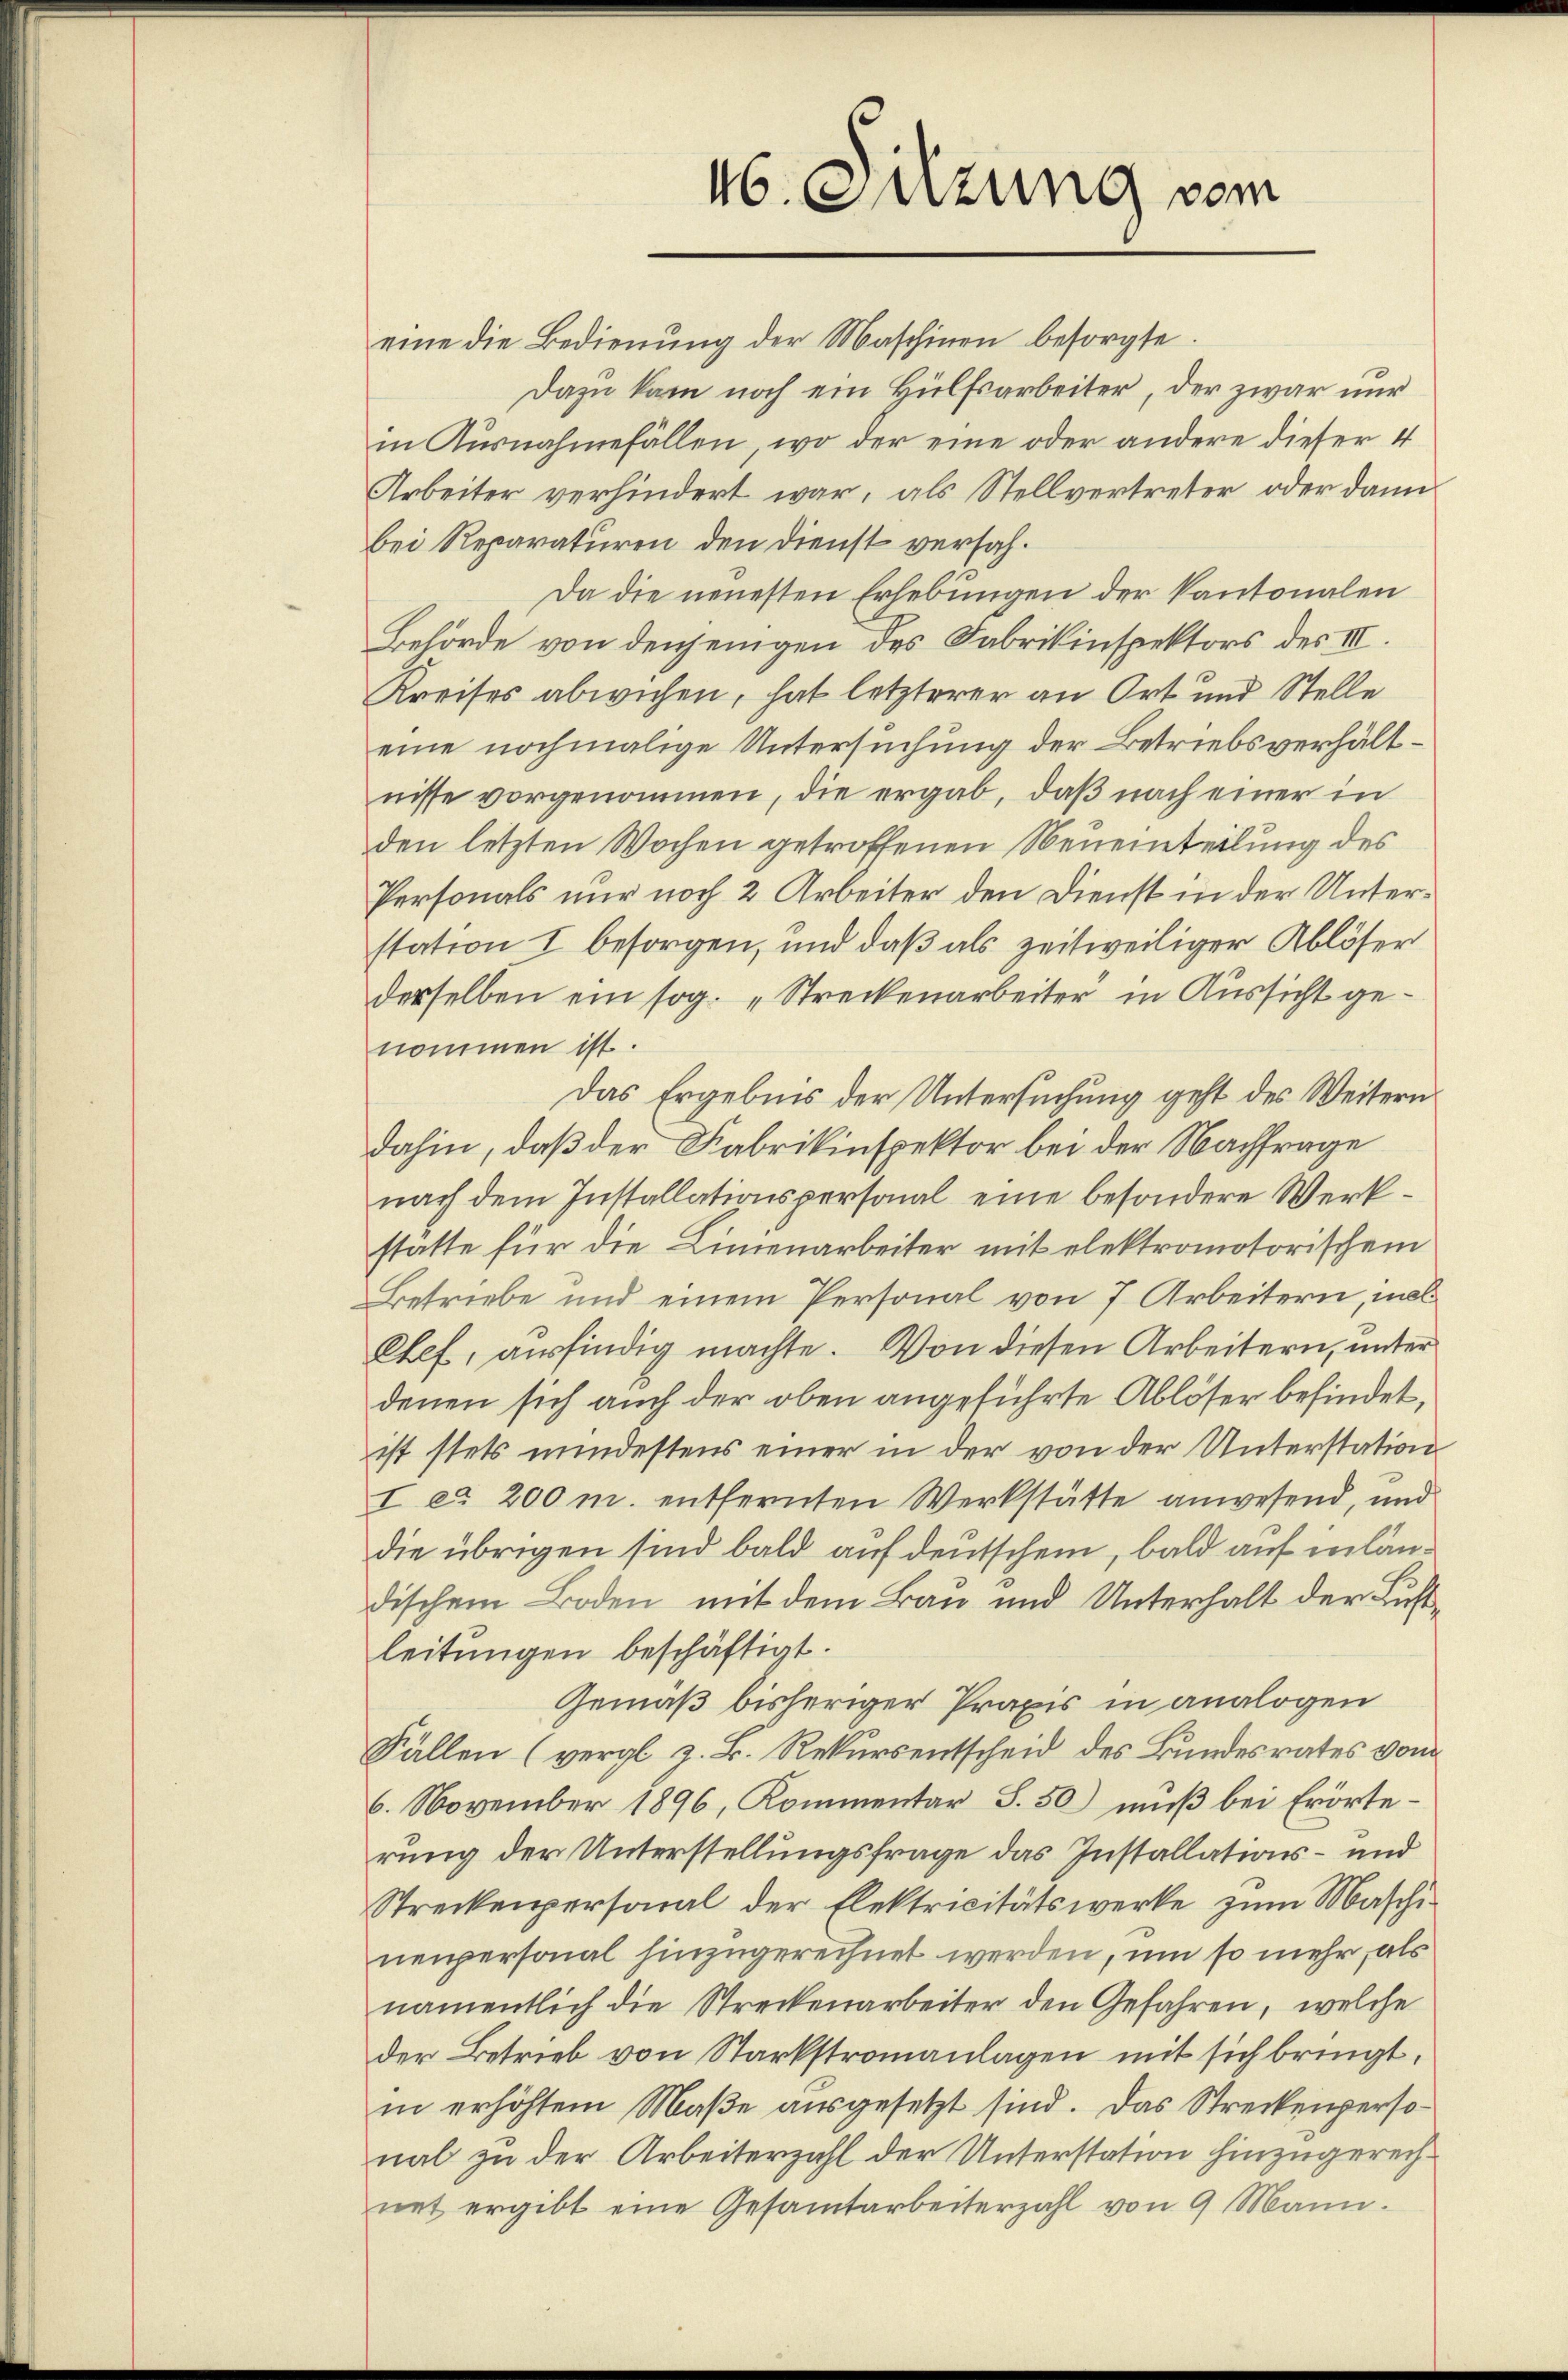
16. Sitzung vom

eine die Bedienung der Maschinen besorgte.
Dazu kam noch ein Hülfsarbeiter, der zwar nur
in Ausnahmefällen, wo der eine oder andere dieser 4
Arbeiter verhindert war, als Stellvertreter, oder dann
bei Reparaturen den Dienst versah¬
Da die neuesten Erhebungen der Kantonalen
Behörde von denjenigen des Fabrikinspektors des III.
Kreises abwichen, hat letzterer an Ort und Stelle
eine nochmalige Untersuchung der Betriebsverhältnisse vorgenommen, die ergab, daß nach einer in
den letzten Wochen getroffenen Neueinteilung des
Personals nur noch 2 Arbeiter den Dienst in der Unterstation I besorgen, und daß als zeitweiliger Ablöser
derselben ein sog. „Streckenarbeiter in Aussicht genommen ist.
Das Ergebnis der Untersuchung geht des Weitern
dahin, daß der Fabrikinspektor bei der Nachfrage
nach dem Installationspersonal eine besondere Werkstatte für die Linienarbeiter mit elektromotorischem
Betriebe und einem Personal von 7 Arbeitern, inal¬
Chef, ausfindig machte. Von diesen Arbeitern, unter
denen sich auch der oben angeführte Ablöser befindet,
ist stets mindestens einer in der von der Unterstation
I ca 200 m. entfernten Werkstätte anwesend, und
die übrigen sind bald auf deutschem, bald auf inländischem Boden mit dem Bau und Unterhalt der Lustleitungen beschäftigt.
Gemäß bisheriger Praxis in analogen
Fällen (vergl. z. B. Rekursentscheid des Bundesrates vom
6. November 1896, Kommentar S. 50) muß bei Erörterung der Unterstellungsfrage das Installations- und
Streckenpersonal der Elektricitätswerke zum Maschi
neupersonal hinzugerechnet werden, um so mehr, als
namentlich die Streckenarbeiter den Gefahren, welche
der Betrieb von Starkstromanlagen mit sich bringt,
in erhöhtem Maße ausgesetzt sind. Das Streckenpersonal zu der Arbeiterzahl der Unterstation hinzugerechnet ergibt eine Gesamtarbeiterzahl von 9 Mann.